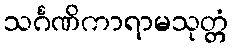
သင်္ဂဏိကာရာမသုတ္တံ